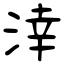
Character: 涬